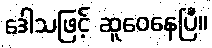
ဒေါသဖြင့် ဆူဝေနေပြီ။